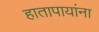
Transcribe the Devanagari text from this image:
हातापायांना